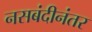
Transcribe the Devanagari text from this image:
नसबंदीनंतर